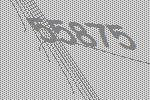
55875